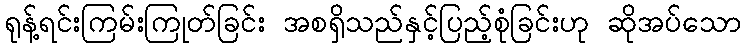
ရုန့်ရင်းကြမ်းကြုတ်ခြင်း အစရှိသည်နှင့်ပြည့်စုံခြင်းဟု ဆိုအပ်သော